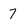
Character: 7